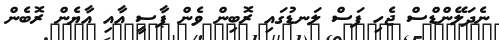
ނެދަލޭންޑްސް ޖެހި ފަސް ލަނޑުގައި ރޮބިން ވެން ޕާސީ އާއި އާޔެން ރޮބެން